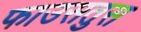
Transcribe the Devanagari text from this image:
फाउसतुस